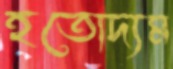
হতোদ্যম